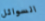
السوائل